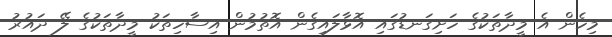
މިހެން އެ މީދާތަކުގެ ހަށިގަނޑުގައި އޮޅާލައިގެން އޮތުމުން އިސާހިތަކު މީދާތަކުގެ ލޭ ދައުރު